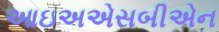
આઇઅએસબીએન